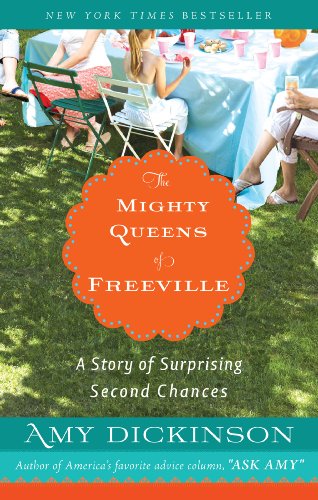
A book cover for The Mighty Queens of Freeville: A Story of Surprising Second Chances; Amy Dickinson; Parenting & Relationships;